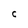
Character: C